Annual administration report of the Civil Veterinary Department, Ajmere-Merwara, British Rajputana - 1914-1940
Year: 1914
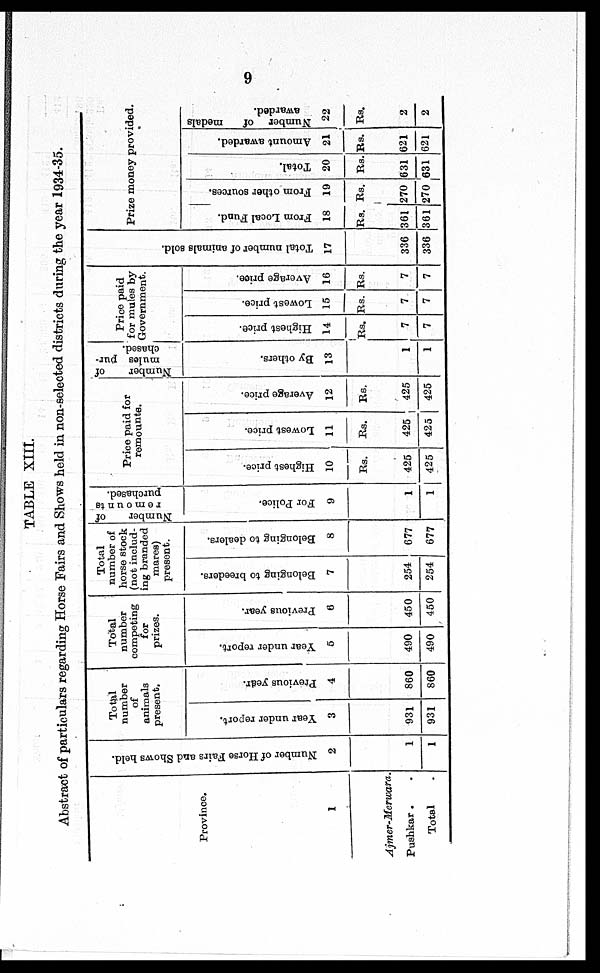
9
TABLE XIII.
Abstract of particulars regarding Horse Fairs and Shows held in non-selected districts during the year 1934-35.
Province.
1
Ajmer-Merwara.
Pushkar . .
Total .
Number of Horse Fairs and Shows held.
2
1
1
Total
number
of
animals
present.
Year under report.
3
931
931
Previous year.
4
860
860
Total
number
competing
for
prizes.
Year under report.
5
490
490
Previous year.
6
450
450
Total
number of
horse stock
(not includ-
ing branded
mares)
present.
Belonging to breeders.
7
254
254
Belonging to dealers.
8
677
677
Number
of
remounts
purchased.
For Police.
9
1
1
Price paid for
remounts.
Highest price.
10
Rs.
425
425
Lowest price.
11
Rs.
425
425
Average price.
12
Rs.
425
425
Number
of
mules pur-
chased.
By others.
13
1
1
Price paid
for mules by
Government.
Highest price.
14
Rs.
7
7
Lowest price.
15
Rs.
7
7
Average price.
16
Rs.
7
7
Total number of animals sold.
17
336
336
Prize money provided.
From Local Fund.
18
Rs.
361
361
From other sources.
19
Rs.
270
270
Total.
20
Rs.
631
631
Amount awarded.
21
Rs.
621
621
Number of
medals
awarded.
22
Rs.
2
2